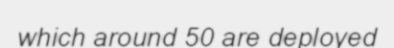
which around 50 are deployed